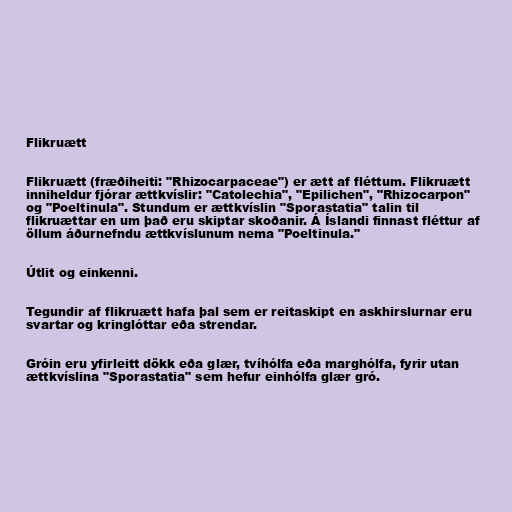
Flikruætt

Flikruætt (fræðiheiti: "Rhizocarpaceae") er ætt af fléttum. Flikruætt
inniheldur fjórar ættkvíslir: "Catolechia", "Epilichen", "Rhizocarpon"
og "Poeltinula". Stundum er ættkvíslin "Sporastatia" talin til
flikruættar en um það eru skiptar skoðanir. Á Íslandi finnast fléttur af
öllum áðurnefndu ættkvíslunum nema "Poeltinula."

Útlit og einkenni.

Tegundir af flikruætt hafa þal sem er reitaskipt en askhirslurnar eru
svartar og kringlóttar eða strendar.

Gróin eru yfirleitt dökk eða glær, tvíhólfa eða marghólfa, fyrir utan
ættkvíslina "Sporastatia" sem hefur einhólfa glær gró.